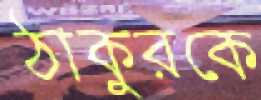
ঠাকুরকে